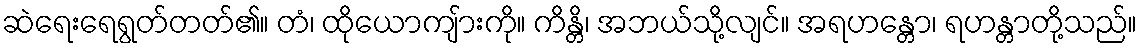
ဆဲရေးရေရွတ်တတ်၏။ တံ၊ ထိုယောကျ်ားကို။ ကိန္တိ၊ အဘယ်သို့လျင်။ အရဟန္တော၊ ရဟန္တာတို့သည်။